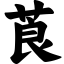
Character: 莨